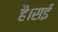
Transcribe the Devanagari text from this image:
है।सई